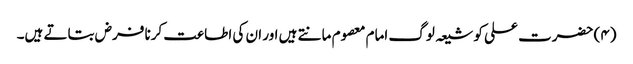
(۴) حضرت علی کو شیعہ لوگ امام معصوم مانتے ہیں اور ان کی اطاعت کرنا فرض بتاتے ہیں۔